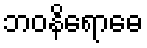
ဘဝနိရောဓေ